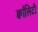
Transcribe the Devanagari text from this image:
क्वॉलिटी